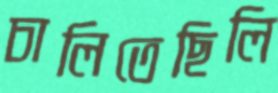
চালিতেছিলি